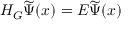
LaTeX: H _ { G } \widetilde { \Psi } ( x ) = E \widetilde { \Psi } ( x )